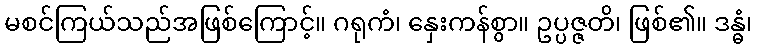
မစင်ကြယ်သည်အဖြစ်ကြောင့်။ ဂရုကံ၊ နှေးကန်စွာ။ ဥပ္ပဇ္ဇတိ၊ ဖြစ်၏။ ဒန္ဓံ၊